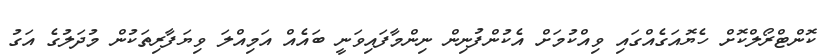
ކޮންޓްރޯލްކޮށް ހެޔޮއަގެއްގައި ވިއްކުމަށް އެކުންފުނިން ނިންމާފައިވަނީ ބައެއް އަމިއްލަ ވިޔަފާރިތަކުން މުދަލުގެ އަގު